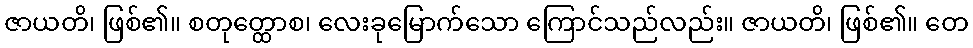
ဇာယတိ၊ ဖြစ်၏။ စတုတ္ထောစ၊ လေးခုမြောက်သော ကြောင်သည်လည်း။ ဇာယတိ၊ ဖြစ်၏။ တေ